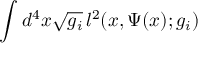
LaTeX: \int d ^ { 4 } x \sqrt { g _ { i } } \, l ^ { 2 } ( x , \Psi ( x ) ; g _ { i } )